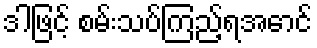
ဒါဖြင့် စမ်းသပ်ကြည့်ရအောင်